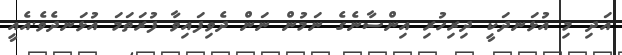
އަދި މި އުޅަނދަކީ ދިރިހުރި އިންސާނެގެ ނަމުން ނަން ދެވިފައިވާ ފުރަތަމަ އުޅަނދެވެ.އެއީ